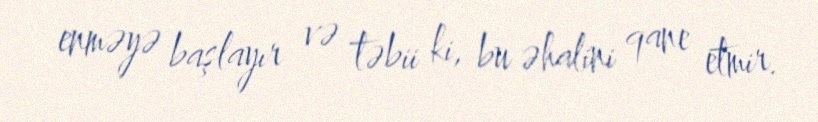
enməyə başlayır və təbii ki, bu əhalini qane etmir.